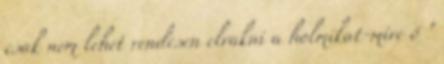
csak nem lehet rendesen elrakni a holmikat-mire ő "